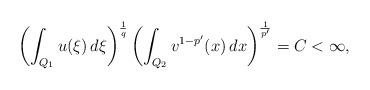
LaTeX: \begin{align*}\left(\int_{Q_1}u(\xi)\,d\xi\right)^{\frac 1 q}\left(\int_{Q_2}v^{1-p'}(x)\,dx\right)^{\frac{1}{p'}}=C<\infty,\end{align*}